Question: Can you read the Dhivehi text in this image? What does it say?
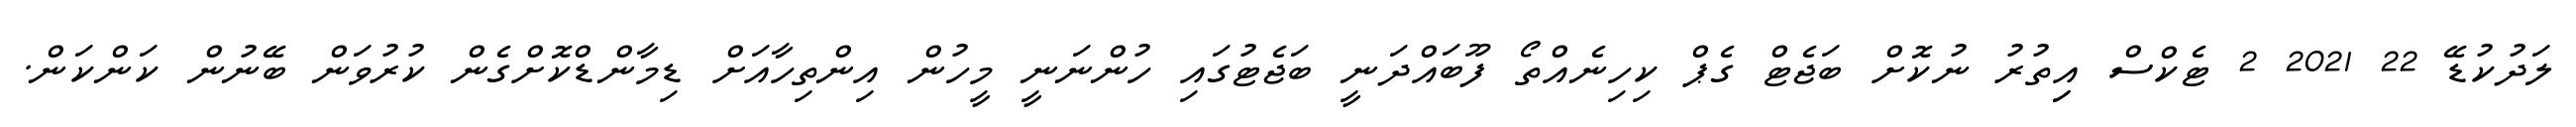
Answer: ލަދުކުޑޭ 22 2021 2 ޓެކްސް އިިތުރު ނުކޮށް ބަޖެޓް ގެޕް ކިހިނެއްތޯ ފޫބައްދަނީ ބަޖެޓުގައި ހުންނަނީ މީހުން އިންތިހާއަށް ޑިމާންޑްކޮށްގެން ކުރުވަން ބޭނުން ކަންކަން.